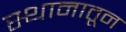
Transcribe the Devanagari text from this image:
स्थानातून